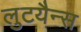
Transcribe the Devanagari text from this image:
लुटयैन्स